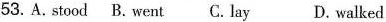
53. A.stood B. went C. lay D. walked